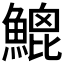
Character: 𩹻